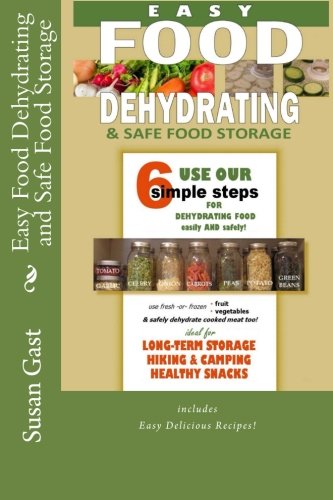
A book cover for Easy Food Dehydrating and Safe Food Storage; Susan Gast; Cookbooks, Food & Wine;